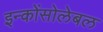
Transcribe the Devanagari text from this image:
इन्कोंसोलेबल